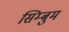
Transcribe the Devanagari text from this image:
सिम्बुम